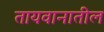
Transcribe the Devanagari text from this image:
तायवानातील